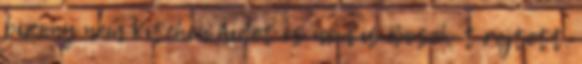
bizony nem Kitchen Aidet és nem is Bosch-t rejtett.